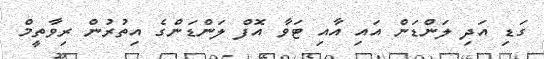
ގަޑި އަދި ލަންޑަން އައި އާއި ޓަވާ އޮފް ލަންޑަންގެ އިތުރުން ރިވާތީމް